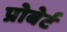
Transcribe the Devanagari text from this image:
प्रोबेर्ट